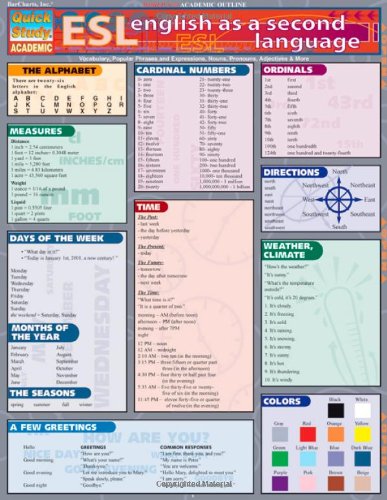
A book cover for Esl (English As A Second Lang) (Quickstudy: Academic); Inc. BarCharts; Children's Books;